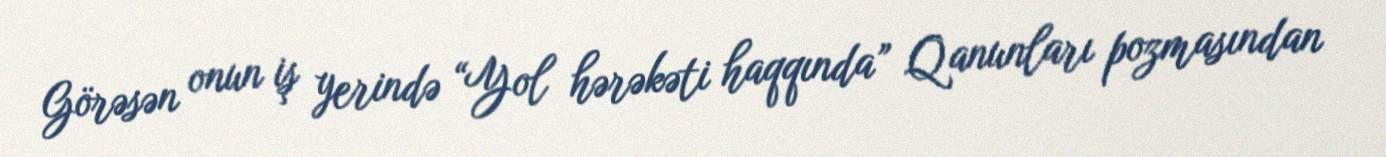
Görəsən onun iş yerində “Yol hərəkəti haqqında” Qanunları pozmasından